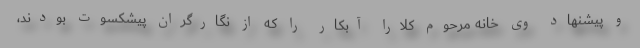
و پیشنهاد وی خانه مرحوم کلارا آبکار را که از نگارگران پیشکسوت بودند،